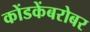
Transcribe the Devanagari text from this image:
कोंडकेंबरोबर